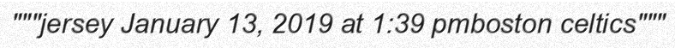
"""jersey January 13, 2019 at 1:39 pmboston celtics"""